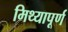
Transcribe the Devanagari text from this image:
मिथ्यापूर्ण